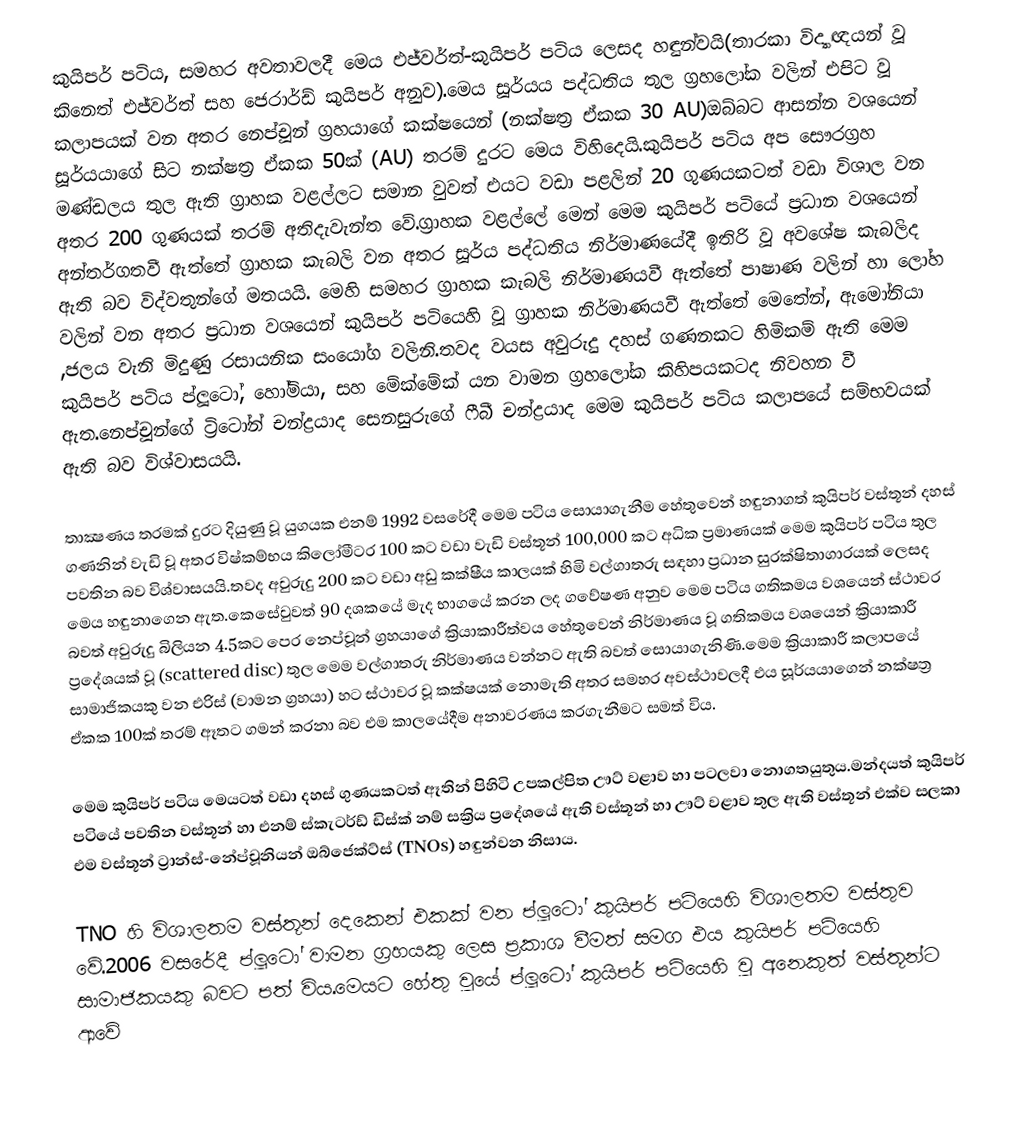
කුයිපර් පටිය, සමහර අවතාවලදී මෙය එජ්වර්ත්-කුයිපර් පටිය ලෙසද හඳුන්වයි(තාරකා විද්‍යාඥයන් වූ කිනෙත් එජ්වර්ත් සහ ජෙරාර්ඩ් කුයිපර් අනුව).මෙය සූර්යය පද්ධතිය තුල ග්‍රහලෝක වලින් එපිට වූ කලාපයක් වන අතර නෙප්චූන් ග්‍රහයාගේ කක්ෂයෙන් (නක්ෂත්‍ර ඒකක 30 AU)ඔබ්බට ආසන්න වශයෙන් සූර්යයාගේ සිට නක්ෂත්‍ර ඒකක 50ක් (AU) තරම් දුරට මෙය විහිදෙයි.කුයිපර් පටිය අප සෞරග්‍රහ මණ්ඩලය තුල ඇති ග්‍රාහක වළල්ලට සමාන වුවත් එයට වඩා පළලින් 20 ගුණයකටත් වඩා විශාල වන අතර 200  ගුණයක් තරම් අතිදැවැන්ත වේ.ග්‍රාහක වළල්ලේ මෙන් මෙම කුයිපර් පටියේ ප්‍රධාන වශයෙන් අන්තර්ගතවී ඇත්තේ ග්‍රාහක කැබලි වන අත‍ර සූර්ය පද්ධතිය නිර්මාණයේදී ඉතිරි වූ අවශේෂ කැබලිද ඇති බව විද්වතුන්ගේ මතයයි. මෙහි සමහර  ග්‍රාහක කැබලි නිර්මාණයවී ඇත්තේ පාෂාණ වලින් හා ලෝහ වලින් වන අතර ප්‍රධාන වශයෙන් කුයිපර් පටියෙහි වූ ග්‍රාහක නිර්මාණයවී ඇත්තේ මෙතේන්, ඇමෝනියා ,ජලය වැනි මිදුණු රසායනික සංයෝග වලිනි.තවද වයස අවුරුදු දහස් ගණනකට හිමිකම් ඇති මෙම කුයිපර් පටිය ප්ලූටෝ, හෝමියා, සහ මේක්මේක් යන වාමන ග්‍රහලෝක කිහිපයකටද නිවහන වී ඇත.නෙප්චූන්ගේ ට්‍රිටෝන් චන්ද්‍රයාද සෙනසුරුගේ ෆීබී චන්ද්‍රයාද මෙම කුයිපර් පටිය කලාපයේ සම්භවයක් ඇති බව විශ්වාසයයි.

තාක්‍ෂණය තරමක් දුරට දියුණු වූ යුගයක එනම් 1992 වසරේදී මෙම පටිය සොයාගැනීම හේතුවෙන් හඳුනාගත් කුයිපර් වස්තූන් දහස් ගණනින් වැඩි  වූ අතර  විෂ්කම්භය  කිලෝමීටර 100 කට වඩා වැඩි වස්තූන්  100,000 කට අධික ප්‍රමාණයක් මෙම කුයිපර් පටිය තුල පවතින බව විශ්වාසයයි.තවද අවුරුදු 200 කට වඩා අඩු කක්ෂීය කාලයක් හිමි වල්ගාතරු සඳහා ප්‍රධාන සුරක්ෂිතාගාරයක් ලෙසද මෙය හඳුනාගෙන ඇත.කෙසේවුවත් 90 දශකයේ මැද භාගයේ කරන ලද ගවේෂණ අනුව මෙම පටිය ගතිකමය වශයෙන් ස්ථාවර බවත් අවුරුදු බිලියන 4.5කට පෙර නෙප්චූන් ග්‍රහයාගේ ක්‍රියාකාරීත්වය හේතුවෙන් නිර්මාණය වූ ගතිකමය වශයෙන් ක්‍රියාකාරී ප්‍රදේශයක් වූ (scattered disc) තුල මෙම වල්ගාතරු නිර්මාණය වන්නට ඇති බවත් සොයාගැනිණි.මෙම ක්‍රියාකාරී කලාපයේ සාමාජිකයකු වන එරිස් (වාමන ග්‍රහයා) හට ස්ථාවර වූ කක්ෂයක් නොමැති අතර සමහර අවස්ථාවලදී එය සූර්යයාගෙන් නක්ෂත්‍ර ඒකක 100ක් තරම් ඈතට ගමන් කරනා බව එම කාලයේදීම අනාවරණය කරගැනීමට සමත් විය.

මෙම කුයිපර් පටිය මෙයටත් වඩා දහස් ගුණයකටත් ඈතින් පිහිටි උපකල්පිත ඌට් වළාව හා පටලවා නොගතයුතුය.මන්දයත් කුයිපර් පටියේ පවතින වස්තූන් හා එනම් ස්කැටර්ඩ් ඩිස්ක් නම් සක්‍රිය ප්‍රදේශයේ ඇති වස්තූන් හා ඌට් වළාව තුල ඇති වස්තූන් එක්ව සලකා එම වස්තූන් ට්‍රාන්ස්-නේප්චූනියන් ඔබ්ජෙක්ට්ස් (TNOs) හඳුන්වන නිසාය.

TNO හි විශාලතම වස්තූන් දෙකෙන් එකක් වන ප්ලූටෝ කුයිපර් පටියෙහි විශාලතම වස්තුව වේ.2006 වසරේදී ප්ලූටෝ වාමන ග්‍රහයකු ලෙස ප්‍රකාශ වීමත් සමග එය කුයිපර් පටියෙහි සාමාජිකයකු බවට පත් විය.මෙයට හේතු වූයේ ප්ලූටෝ කුයිපර් පටියෙහි වූ අනෙකුත් වස්තූන්ට ආවේ